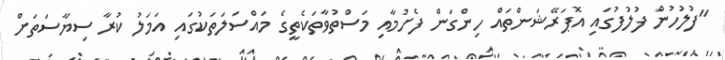
"ފުލުހުން ފުލުފުގައި އޮޕަރޭޝަންތައް ހިންގަން ފެށުމާއި މަސްތުވާތަކެތީގެ މައްސަލަތަކުގައި އަމަލު ކުރާ ސިޔާސަތަށް